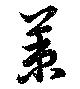
策